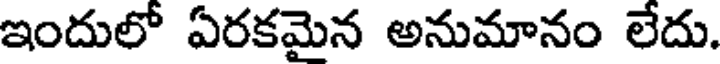
ఇందులో ఏరకమైన అనుమానం లేదు.